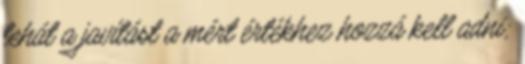
tehát a javítást a mért értékhez hozzá kell adni;